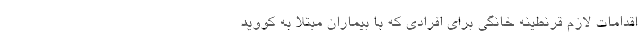
اقدامات لازم قرنطینه خانگی برای افرادی که با بیماران مبتلا به کووید